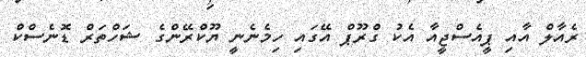
ރެއާލް އާއި ޕީއެސްޖީއާ އެކު ގްރޫޕް އޭގައި ހިމެނެނީ ޔޫކްރޭންގެ ޝަހްތަރް ޑޮނެސްކް